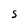
Character: S